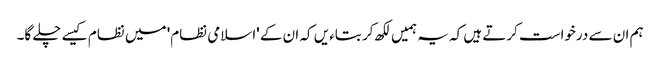
ہم ان سے درخواست کرتے ہیں کہ یہ ہمیں لکھ کر بتاءیں کہ ان کے 'اسلامی نظام' میں نظام کیسے چلے گا۔